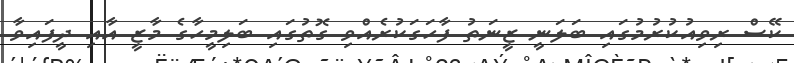
ކޭސް ރިވިއުކުރުމުގައި ބަލަނީ ޒީނަތު ފާހަގަކުރެއްވި ގޮތުގައި ބަލިމީހާގެ މާޒީ އާއި ދީފައިވާ